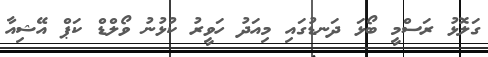
ގަލޮޅު ރަސްމީ ބޯޅަ ދަނޑުގައި މިއަދު ހަވީރު ކުޅުނު ވޯލްޑް ކަޕް އޭޝިއާ